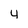
Character: 4